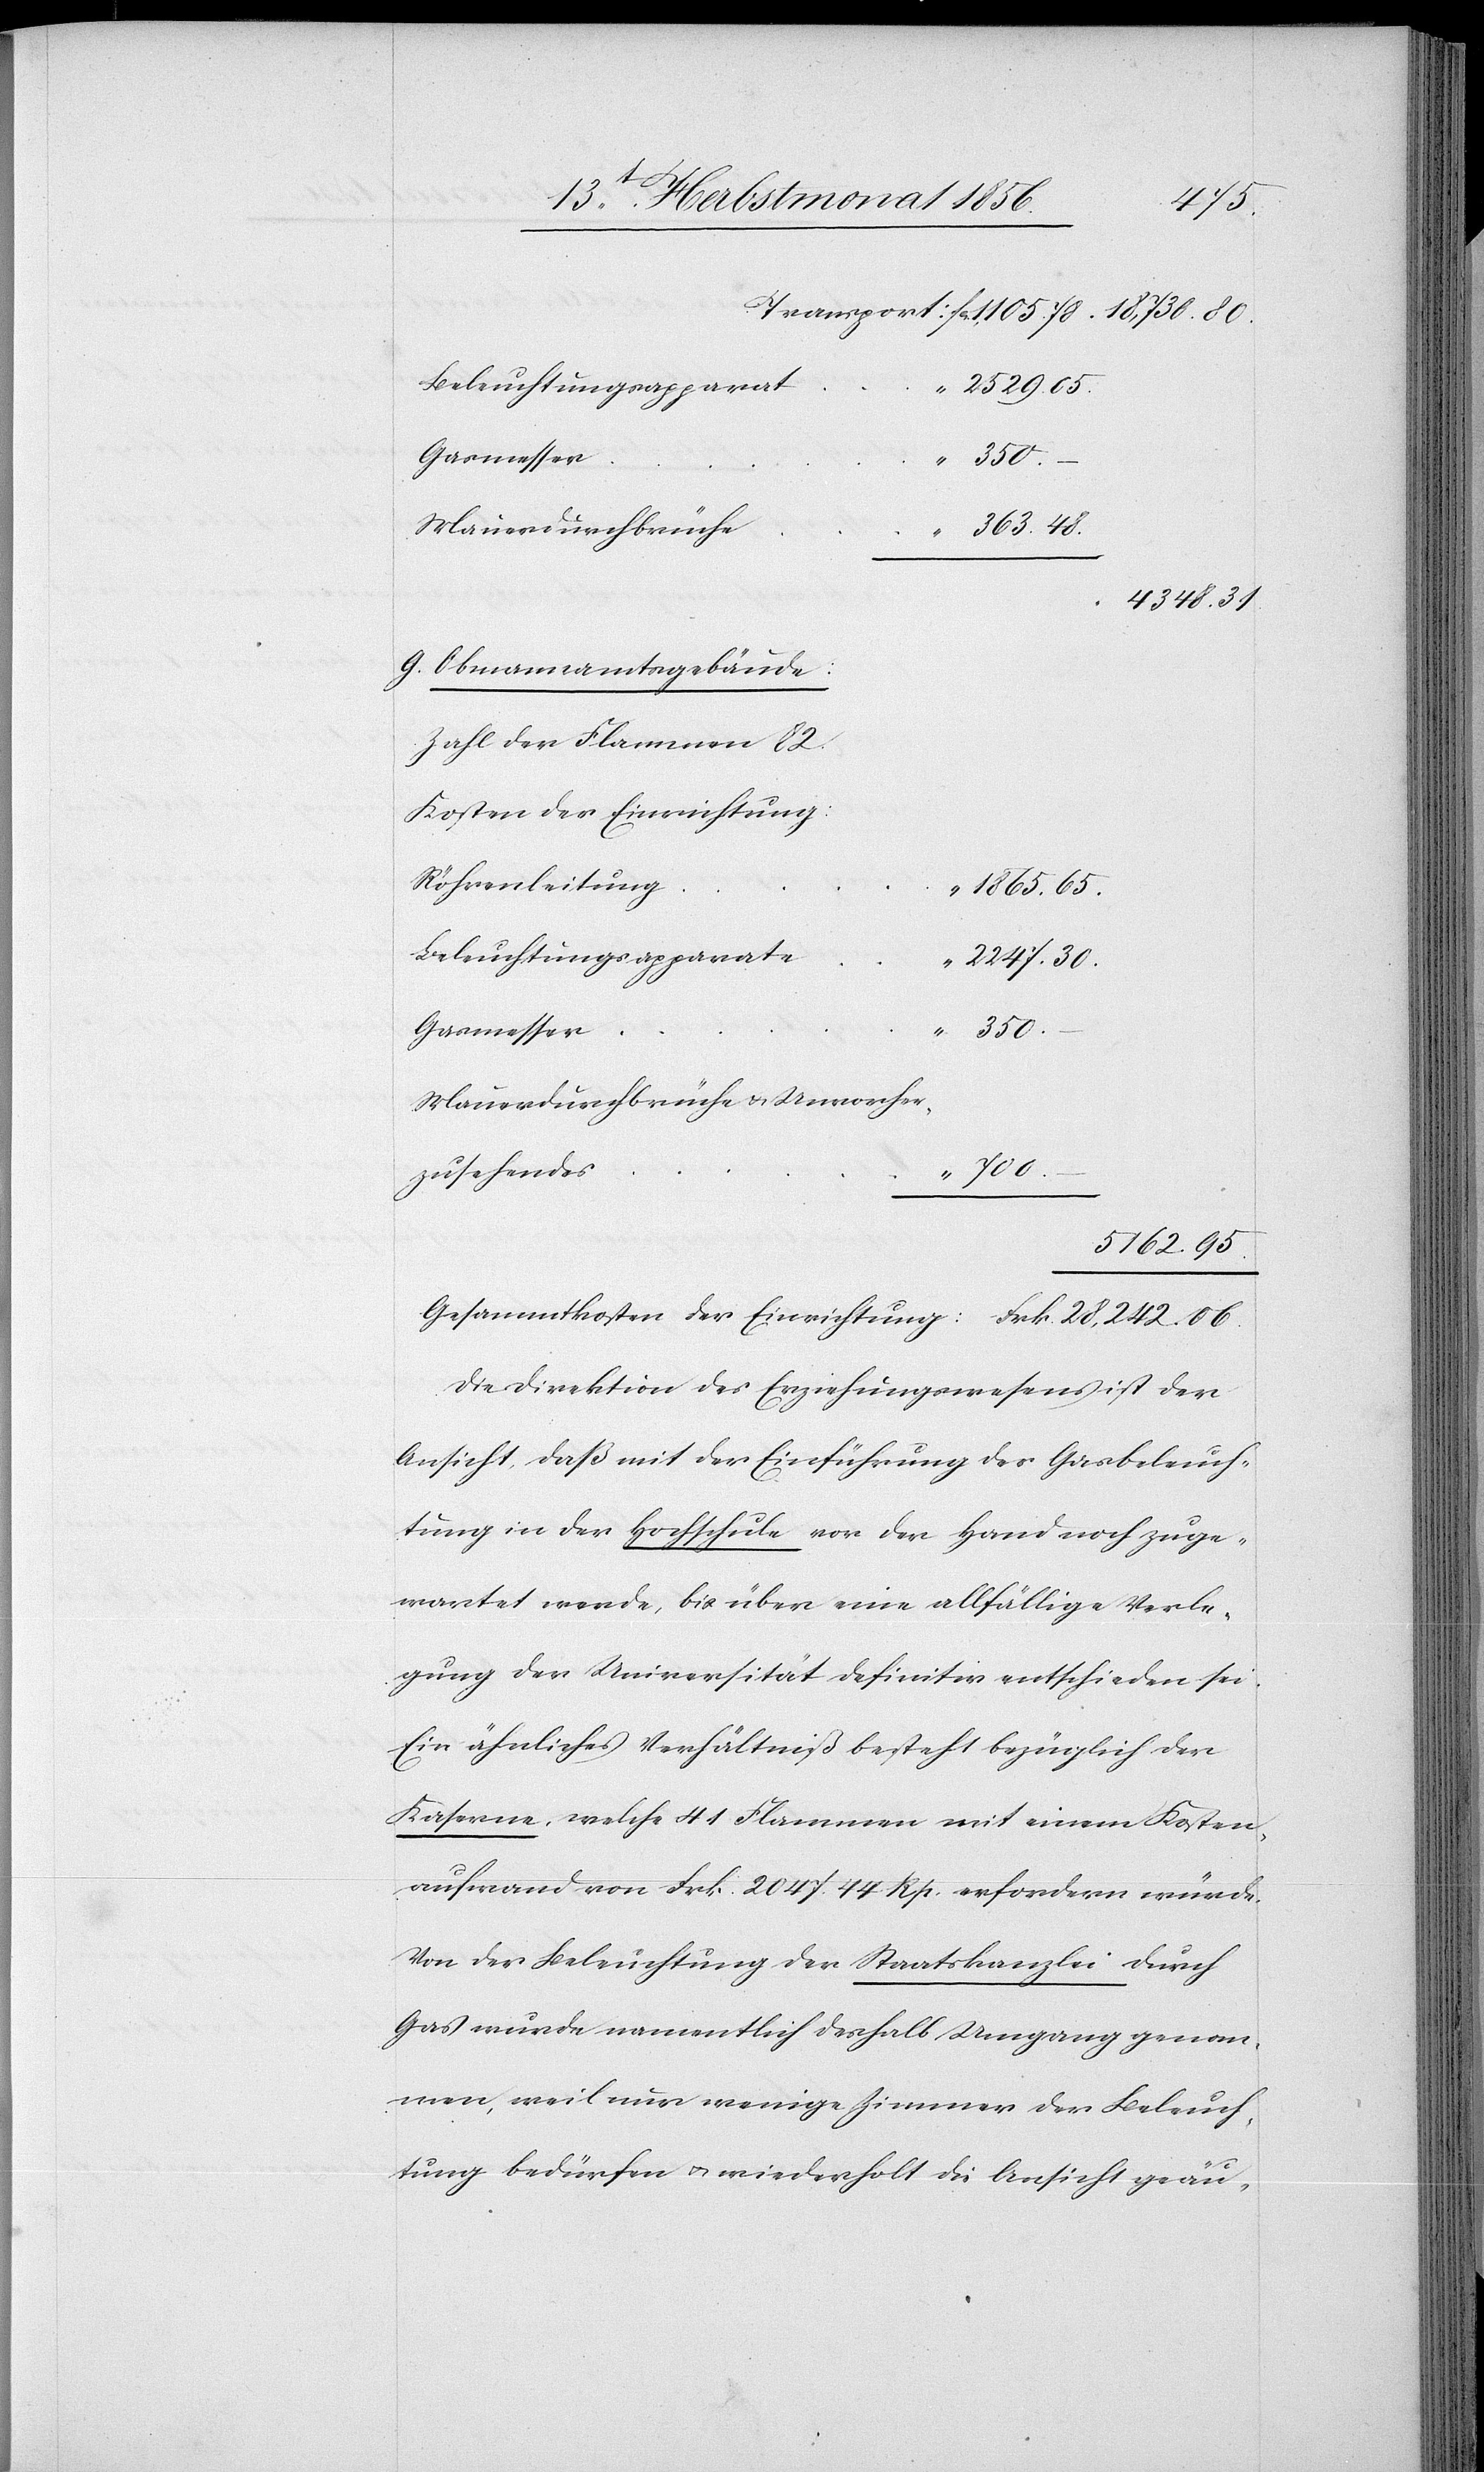
95.
Beleuchtungsapparat
05.
Gasmesser
28,242.
Mauerdurchbrüche
–
g. Obmannamtsgebäude:
Zahl der Flammen 82.
kosten der Einrichtung:
Röhrenleitung
Beleuchtungsapparate
4348.
Mauerdurchbrüche u. Unvorher¬
zusehendes
700.
5162.
Die Direktion des Erziehungswesens ist der
Ansicht, daß mit der Einführung der Gasbeleuch¬
tung in der Hochschule vor der Hand noch zuge¬
wartet werde, bis über eine allfällige Verle¬
gung der Universität definitiv entschieden sei.
Ein ähnliches Verhältniß besteht bezüglich der
Kaserne, welche 41 Flammen mit einem Kosten¬
aufwand von Frk. 2047. 44 Rp. erfordern würde.
Von der Beleuchtung der Staatskanzlei durch
Gas wurde namentlich deshalb Umgang genom¬
men, weil nur wenige Zimmer der Beleuch¬
tung bedürfen u. wiederholt die Ansicht geäu-